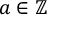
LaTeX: a \in \mathbb { Z }